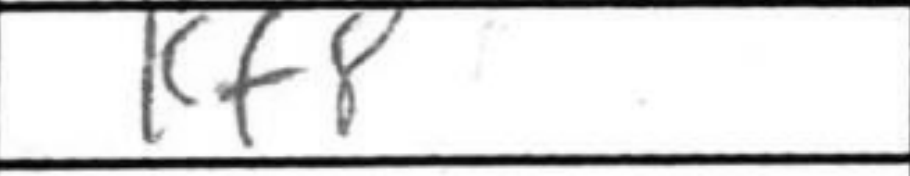
Transcription: Kf8